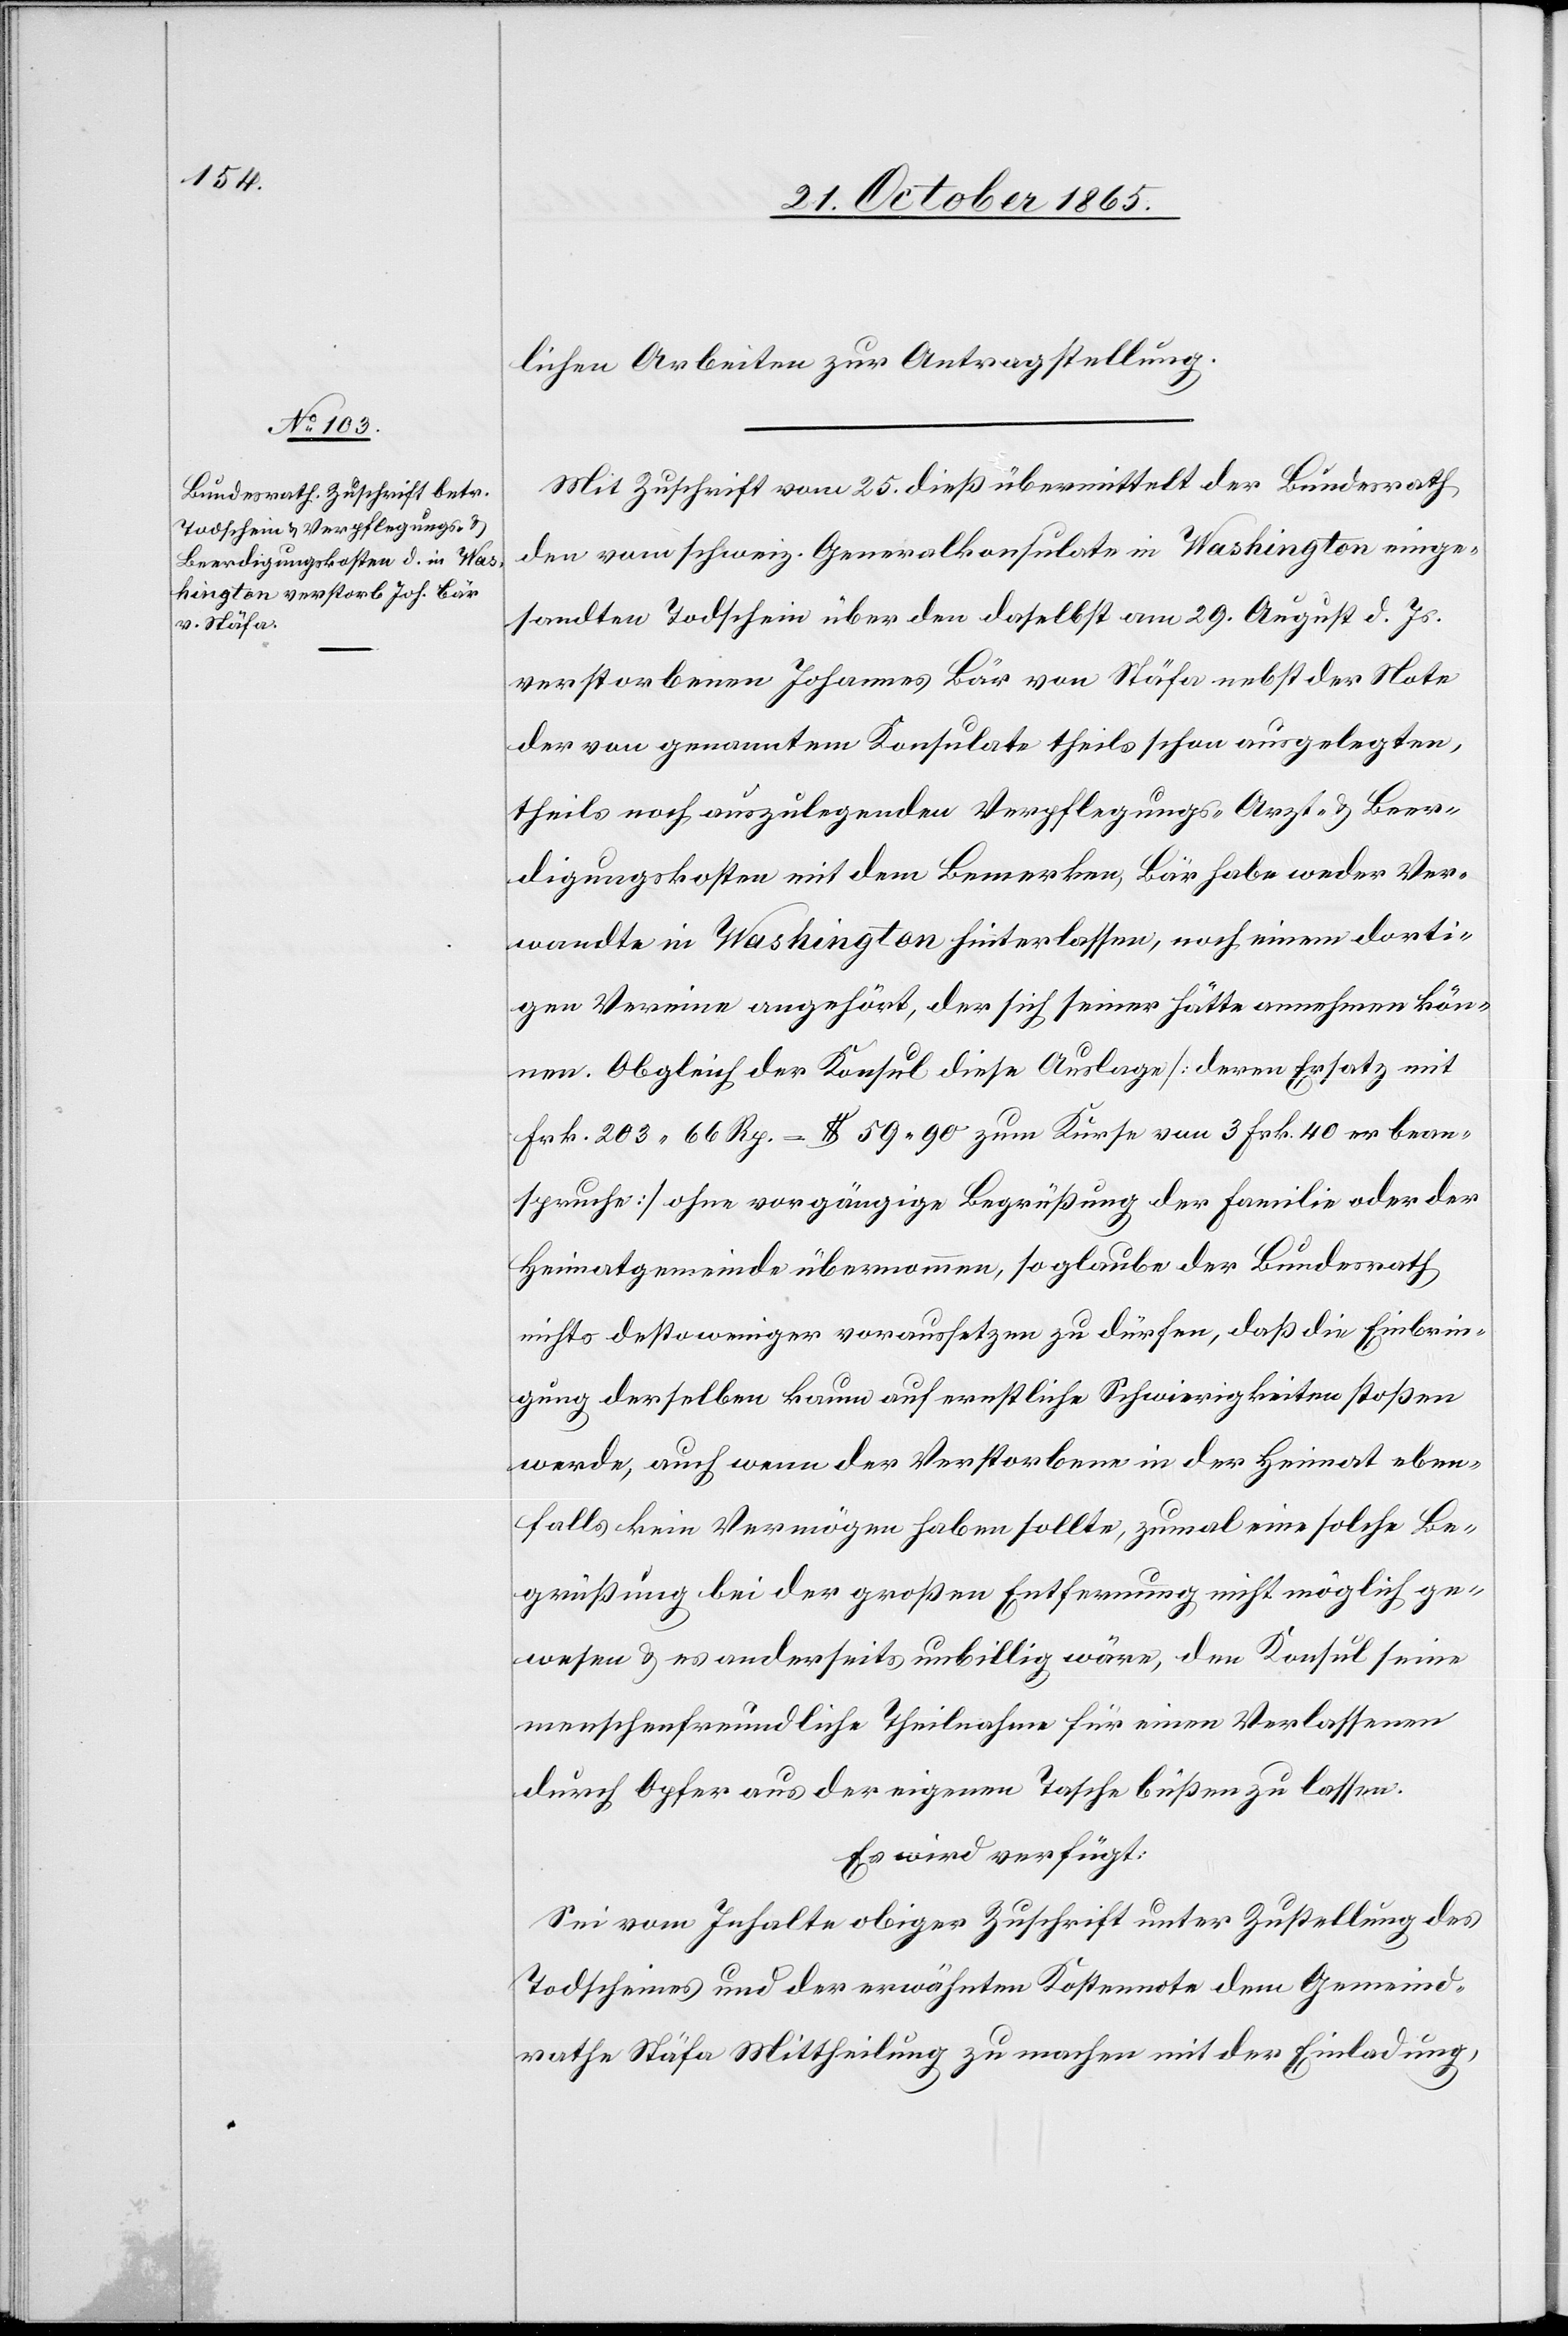
27. October 1865.]
lichen Arbeiten zur Antragstellung.
Mit Zuschrift vom 25. dieß übermittelt der Bundesrath
den vom schweiz. Generalkonsulate in Washington einge¬
sandten Todschein über den daselbst am 29. August d. Js.
verstorbenen Johannes Bär von Stäfa nebst der Note
der von genanntem Konsulate theils schon ausgelegten,
theils noch auszulegenden Verpflegungs- Arzt- & Beer¬
digungskosten mit dem Bemerken, Bär habe weder Ver¬
wandte in Washington hinterlassen, noch einem dorti¬
gen Vereine angehört, der sich seiner hätte annehmen kön¬
nen. Obgleich der Konsul diese Auslage [deren Ersatz mit
Frk. 203 66 Rp. = $ 59 90 zum Kurse von 3 Frk. 40 er bean¬
spruche] ohne vorgängige Begrüßung der Familie oder der
Heimatgemeinde übernommen, so glaube der Bundesrath
nichts desto weniger voraussetzen zu dürfen, daß die Einbrin¬
gung derselben kaum auf ernstliche Schwierigkeiten stoßen
werde, auch wenn der Verstorbene in der Heimat eben¬
falls kein Vermögen haben sollte, zumal eine solche Be¬
grüßung bei der großen Entfernung nicht möglich ge¬
wesen & es anderseits unbillig wäre, den Konsul seine
menschenfreundliche Theilnahme für einen Verlassenen
durch Opfer aus der eigenen Tasche büßen zu lassen.
Es wird verfügt:
Sei vom Inhalte obiger Zuschrift unter Zustellung des
Todscheines und der erwähnten Kostennote dem Gemeind¬
rathe Stäfa Mittheilung zu machen mit der Einladung,